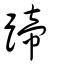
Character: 蹄